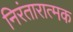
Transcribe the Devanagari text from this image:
निरंतारात्मक